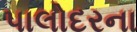
પાલોદરના